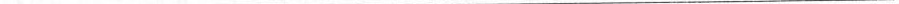
___